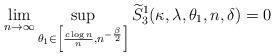
LaTeX: \begin{align*}\lim_{n\to \infty} \sup_{\theta_1 \in \left[ \frac{c\log n}{n} , n^{-\frac{\beta}{2}} \right] }\widetilde{S}_3^1(\kappa, \lambda, \theta_1, n, \delta) = 0 \end{align*}